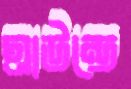
গ্রাউন্ডে